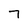
Character: 7